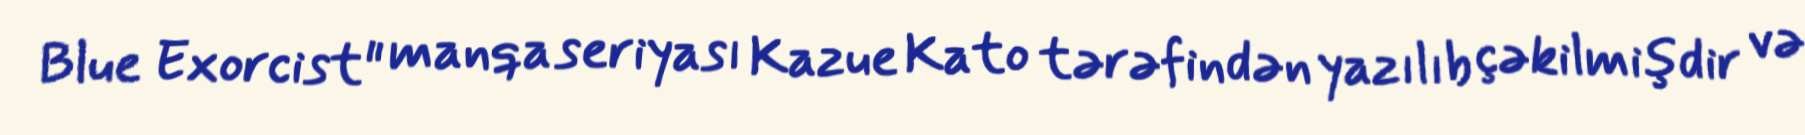
Blue Exorcist" manqa seriyası Kazue Kato tərəfindən yazılıb çəkilmişdir və